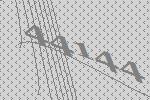
44144